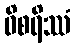
ဝိစရိဿံ